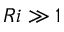
R i \gg 1